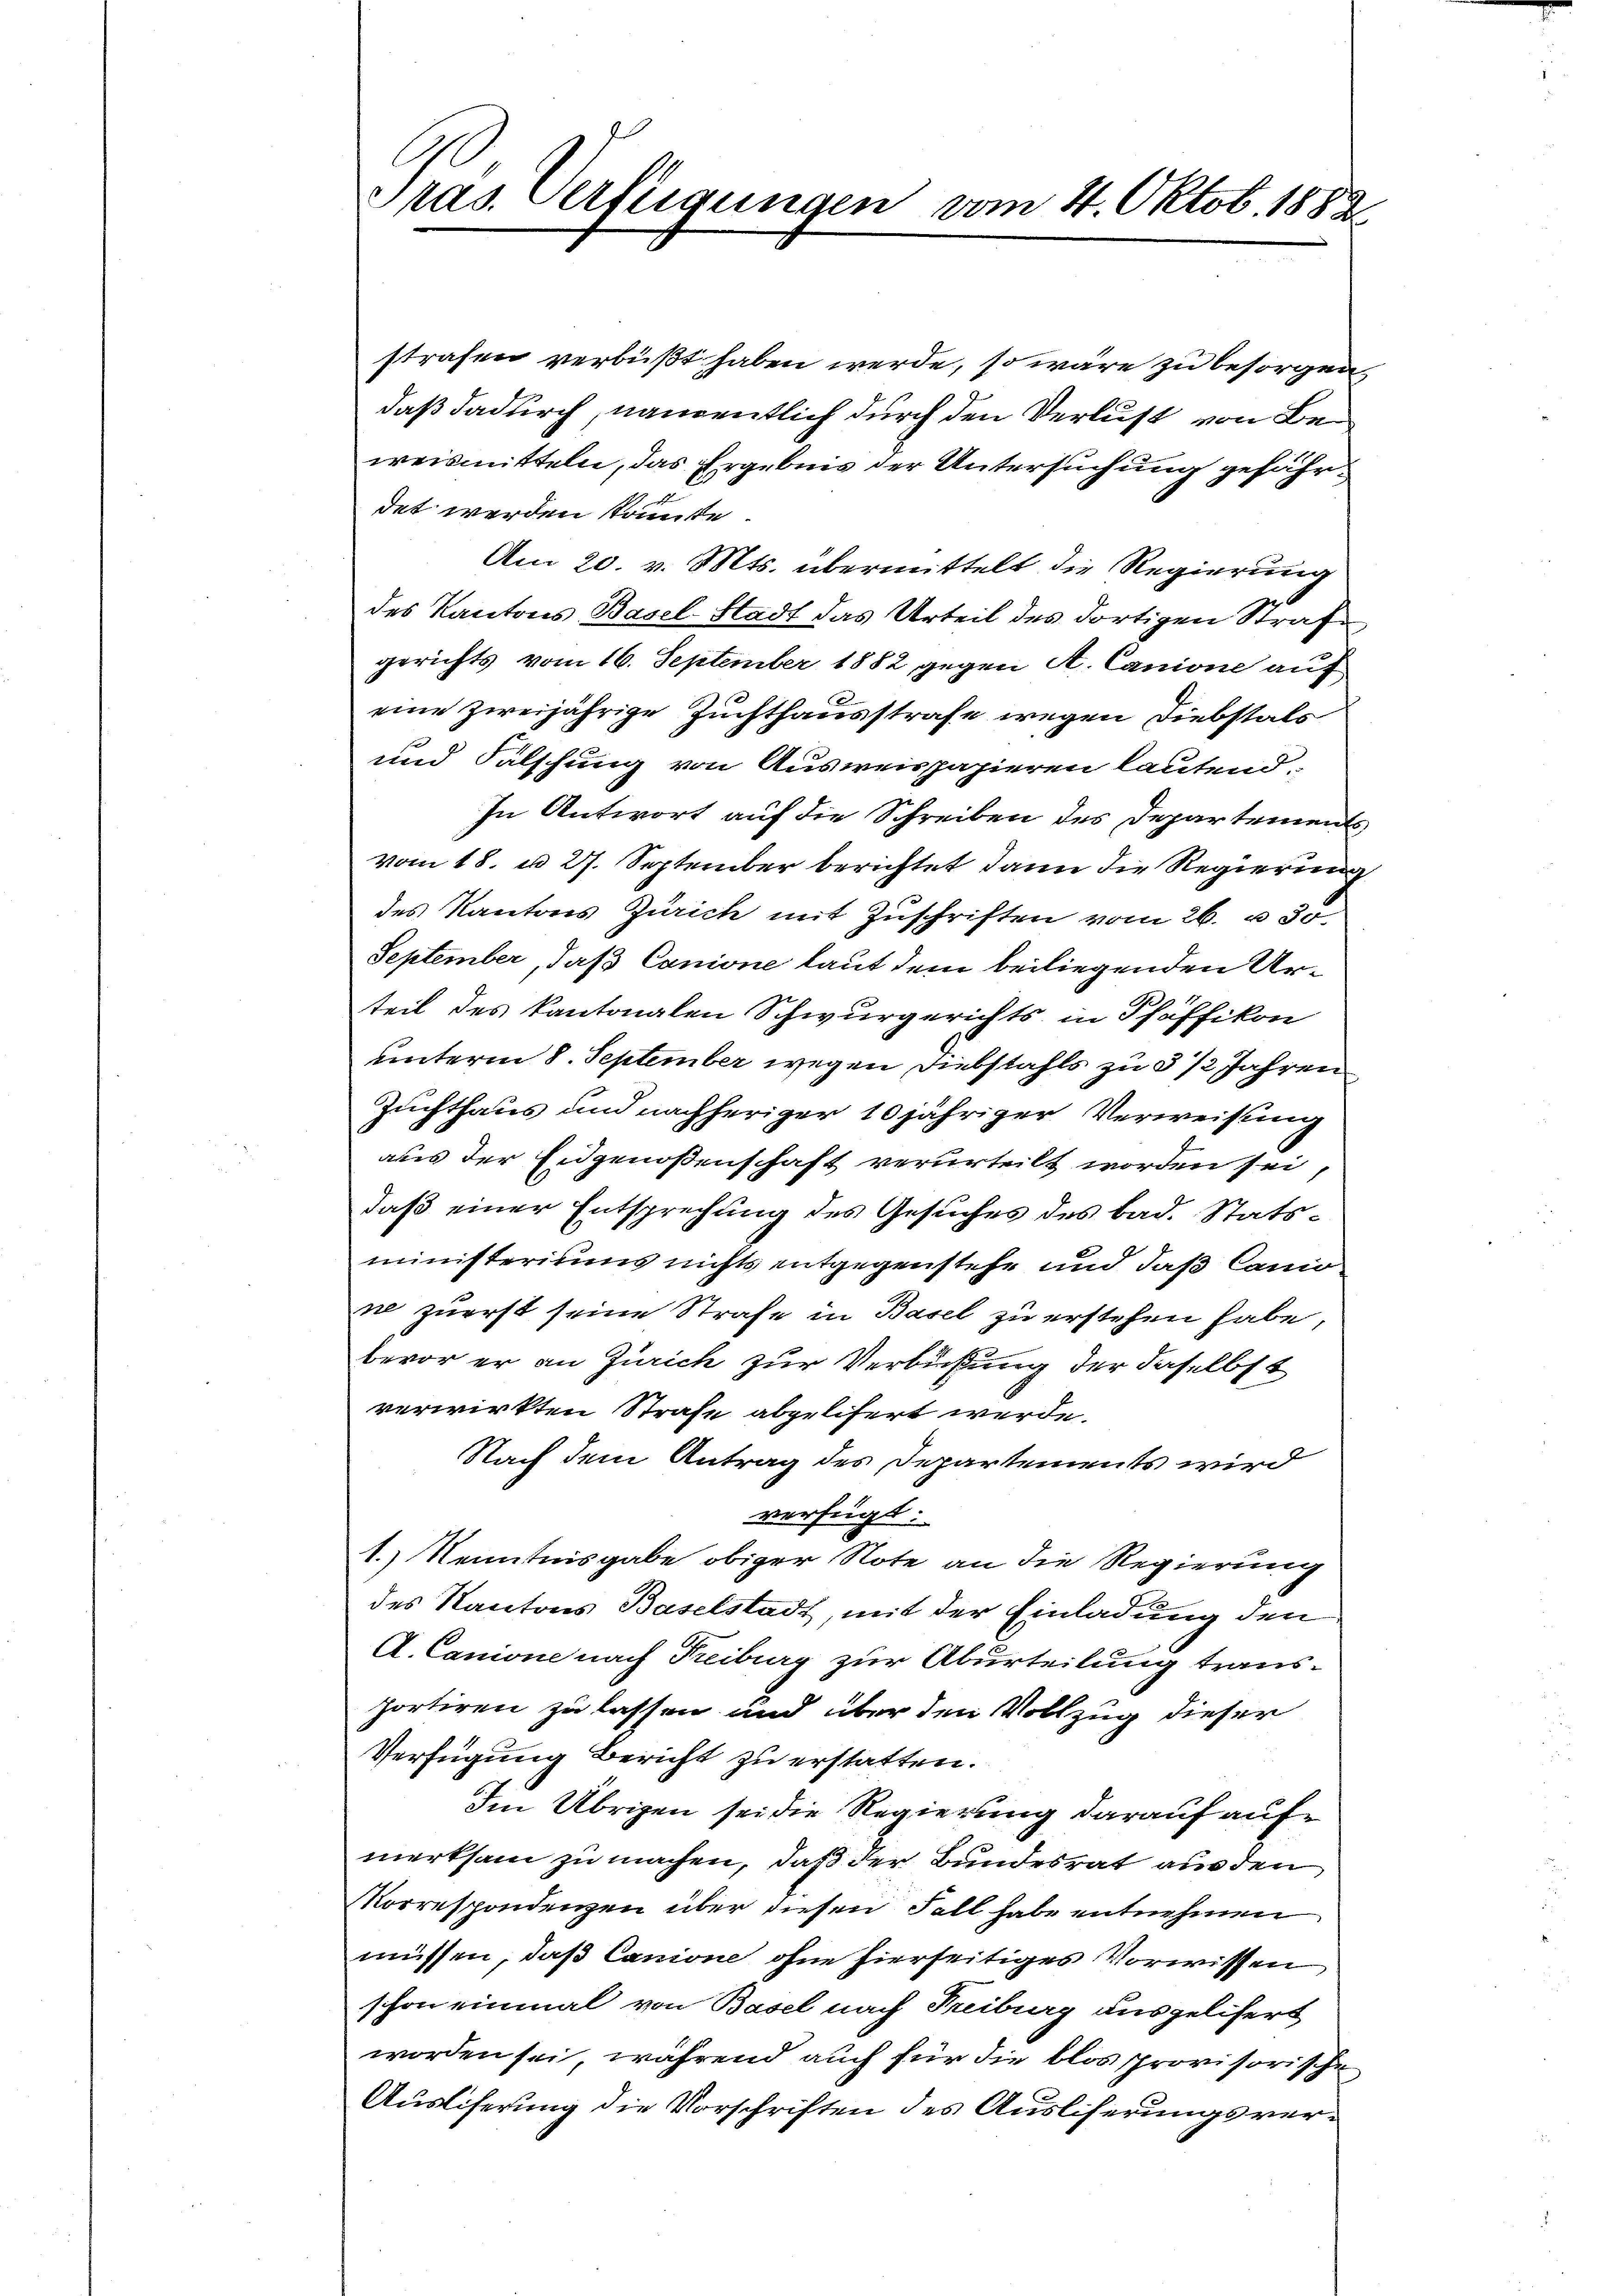
C
Pras. Verfügungen vom 4. Oktob. 1882

strafen verbüßt haben werde, so wäre zu besorgen
daß dadurch, namentlich durch den Verlust von Beweismitteln, das Ergebnis der Untersuchung gefährdet werden könnte.
Am 20. v. Mts. übermittelt die Regierung
des Kantons Basel-Stadt das Urteil des dortigen Strafe
gerichts vom 16. September 1882, gegen A. Canione auf
eine zweijährige Zuchthausstrafe wegen Diebstals
und Fälschung von Ausweispapieren lautend.
In Antwort auf die Schreiben des Departements
vom 18. d. 27. September berichtet dann die Regierung
des Kantons Zürich mit Zuschriften vom 26. u. 30.
September, daß Canione laut dem beiliegenden Urteil des kantonalen Schwurgerichts in Pfäffikon
unterm 8. September wegen Diebstahls zu 3 1/2 Jahren
Zuchthaus und nachheriger 10 jähriger Verweisung
aus der Eidgenoßenschaft verurteilt worden sei,
daß einer Entsprechung des Gesuches des bad. Statsministeriums nichts entgegenstehe und daß landne zuerst seine Strafe in Basel zu erstehen habe,
bevor er an Zürich zur Verbüßung der daselbst
verwirkten Strafe abgelisert werde.
Nach dem Antrag des Departements wird
verfügt:
1.) Kenntnisgabe obiger Note an die Regierung
des Kantons Baselstadt, mit der Einladung den
A. Canione nach Treiburg zur Aburteilung trausportiren zu lassen und über den Vollzug dieser
Verfügung Bericht zu erstatten.
Im Übrigen sei die Regierung darauf aufmerksam zu machen, daß der Bundesrat aus den
Korrespondenzen über diesen Fall habe entnehmen
müssen, daß Canione ohne hierseitiges Vorwissen
schon einmal von Basel nach Freiburg ausgelifert
worden sei, während auch für die blos provisorische
Ausliferung die Vorschriften des Ausliserungsver¬